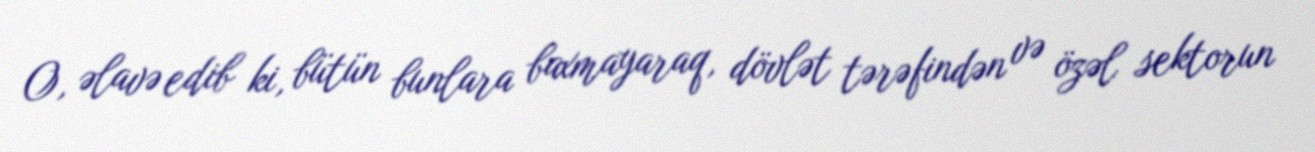
O, əlavə edib ki, bütün bunlara baxmayaraq, dövlət tərəfindən və özəl sektorun